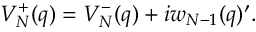
V _ { \cal N } ^ { + } ( q ) = V _ { \cal N } ^ { - } ( q ) + i w _ { { \cal N } - 1 } ( q ) ^ { \prime } .